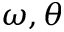
\omega , \theta